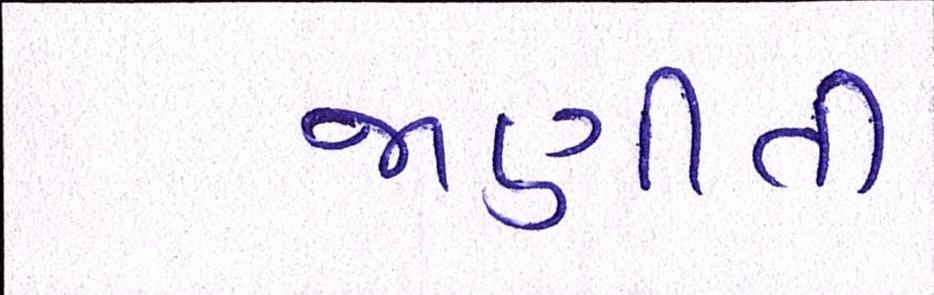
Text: જાણીતી